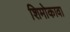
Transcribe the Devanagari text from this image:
शिमोकावा